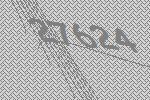
27624